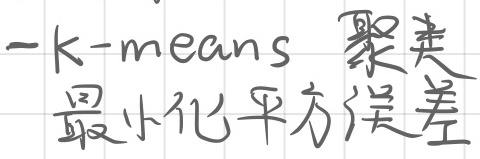
k - means 聚类最小化平方误差